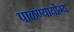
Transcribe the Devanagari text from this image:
पाळण्यायोग्य